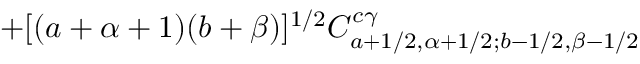
+ [ ( a + \alpha + 1 ) ( b + \beta ) ] ^ { 1 / 2 } C _ { a + 1 / 2 , \alpha + 1 / 2 ; b - 1 / 2 , \beta - 1 / 2 } ^ { c \gamma }